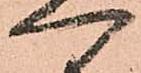
へ